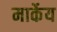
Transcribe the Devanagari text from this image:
मार्केय